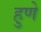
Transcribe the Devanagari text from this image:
हुणे